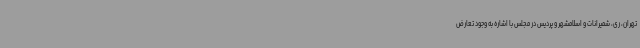
تهران، ری، شمیرانات و اسلامشهر و پردیس در مجلس با اشاره به وجود تعارض